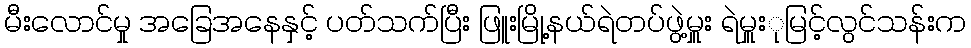
မီးလောင်မှု အခြေအနေနှင့် ပတ်သက်ပြီး ဖြူးမြို့နယ်ရဲတပ်ဖွဲ့မှူး ရဲမှူးုမြင့်လွင်သန်းက